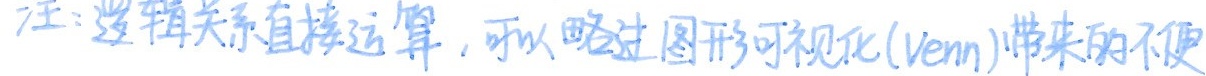
注:逻辑关系直接运算,可以略过图形可视化(Venn)带来的不便